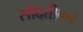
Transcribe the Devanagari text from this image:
सौंदत्तीकर